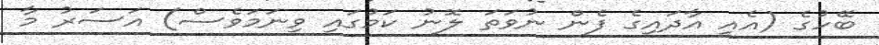
ބޭހުގެ (އެއީ އާދައިގެ ފެން ނުވަތަ ލޮނު ކަމުގައި ވިނަމަވެސް) އަސަރު މާ